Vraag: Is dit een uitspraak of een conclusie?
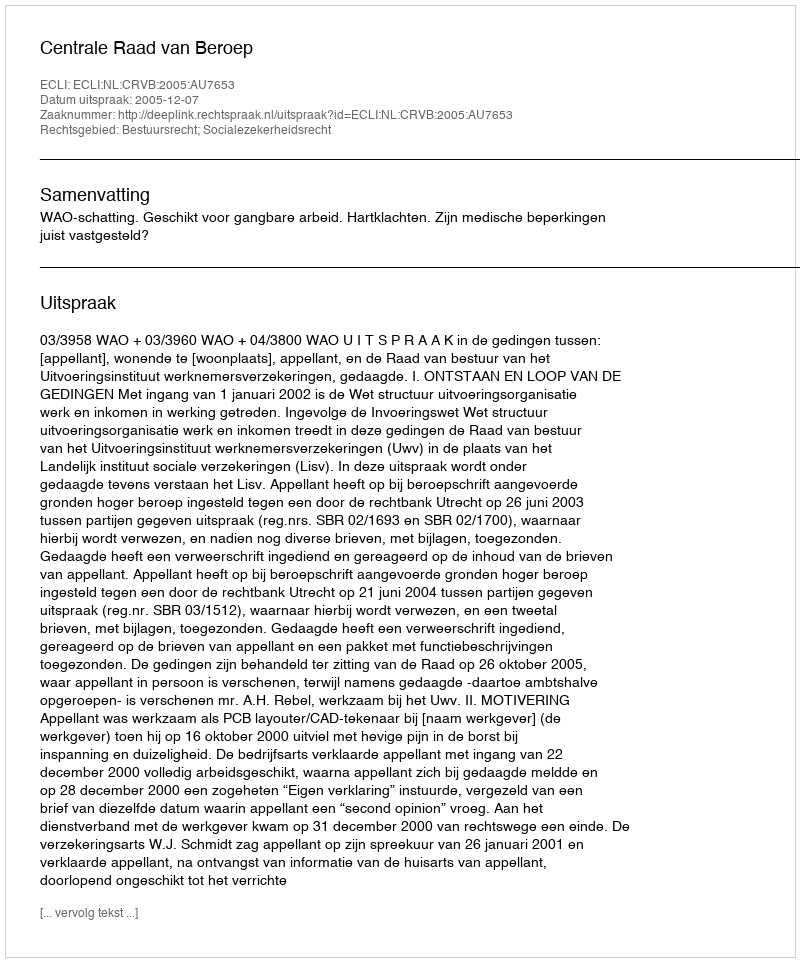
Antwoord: Uitspraak